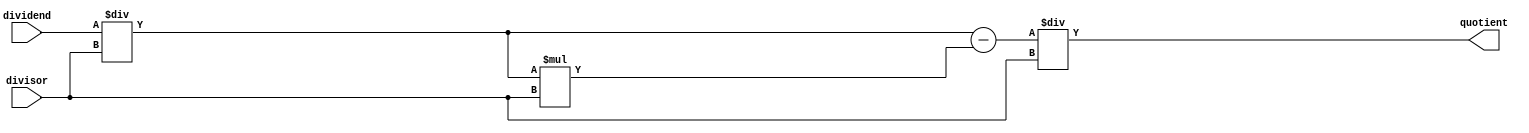
module PipelinedDivider(
    input wire [31:0] dividend,
    input wire [31:0] divisor,
    output wire [31:0] quotient
);

// Define pipeline stages
reg [31:0] stage1_out, stage2_out, stage3_out;

// Stage 1 - Perform initial division
always @(*) begin
    stage1_out = dividend / divisor;
end

// Stage 2 - Correct any errors from Stage 1
always @(*) begin
    stage2_out = stage1_out - (stage1_out * divisor);
end

// Stage 3 - Perform final division
always @(*) begin
    stage3_out = stage2_out / divisor;
end

// Output of the divider
assign quotient = stage3_out;

endmodule